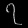
Digit: ၇